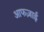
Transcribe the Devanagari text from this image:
आफज़ाई